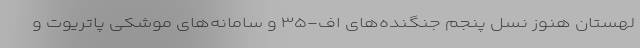
لهستان هنوز نسل پنجم جنگنده‌های اف-۳۵ و سامانه‌های موشکی پاتریوت و